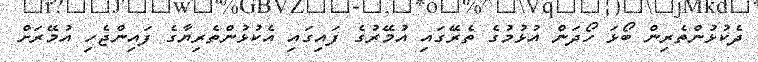
ދެކުޅުންތެރިން ބޯޅަ ހޯދަން އުޅުމުގެ ތެރޭގައި އުމޭރުގެ ފައިގައި އެކުޅުންތެރިޔާގެ ފައިންޖެހި އުމޭރަށް